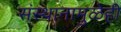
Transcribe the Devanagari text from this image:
संस्थानामुळेही